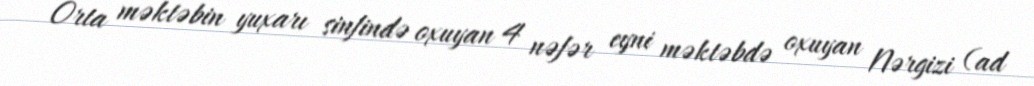
Orta məktəbin yuxarı sinfində oxuyan 4 nəfər eyni məktəbdə oxuyan Nərgizi (ad